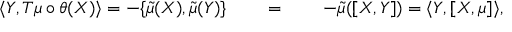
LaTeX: \langle Y , T \mu \circ \theta ( X ) \rangle = - \{ \widetilde { \mu } ( X ) , \widetilde { \mu } ( Y ) \} \qquad = \qquad - \widetilde { \mu } ( [ X , Y ] ) = \langle Y , [ X , \mu ] \rangle ,